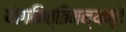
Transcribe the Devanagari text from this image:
योगमित्तिमन्यन्ते